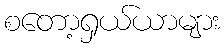
စတော့ရှယ်ယာများ